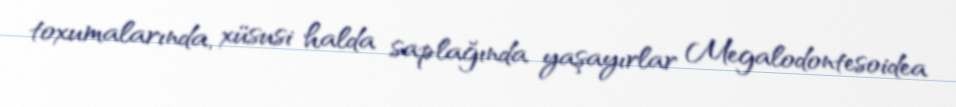
toxumalarında, xüsusi halda saplağında yaşayırlar Megalodontesoidea